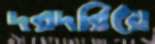
দরদরিয়ে